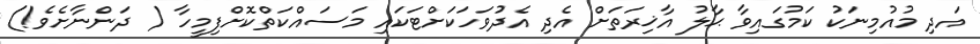
އަދި މުއުމިނަކު ކަމުގައިވާ ޙާލު އާޚިރަތަށް އެދި އެދުވަހަކަށްޓަކައި މަސައްކަތްކޮށްފިމީހާ ( ދަންނާށެވެ!)